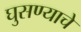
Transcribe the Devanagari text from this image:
घुसण्याचे